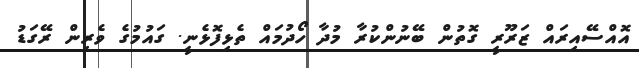
އޮއްސޭއިރައް ޒަރޫރީ ގޮތުން ބޭނުންކުރާ މުދާ ހޯދުމައް ތެޅިފޮޅެނީ. ގައުމުގެ ވެރިން ރޭގަޑު